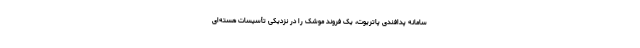
سامانه پدافندی پاتریوت،‌ یک فروند موشک را در نزدیکی تأسیسات هسته‌ای